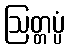
ဩတ္တပ္ပံ